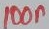
Text: 100n